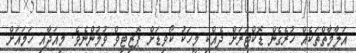
އަލާމާތްތަކެއް ހުރެގެން ޑޮކްޓަރަށް ދެއްކި މީހަކު ކޯވިޑަށް ޕޮޒިޓިވް ވުމުންނެވެ. މިއަދާއި ހަމައަށް